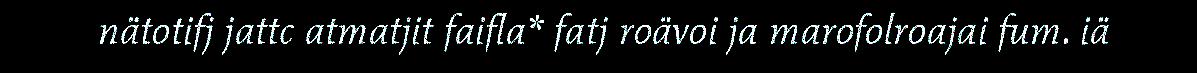
nätotifj jattc atmatjit faifla* fatj roävoi ja marofolroajai fum. iä